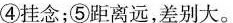
④挂念；⑤距离远，差别大。